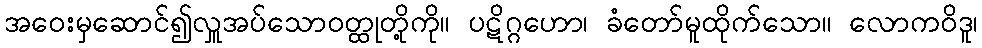
အဝေးမှဆောင်၍လှူအပ်သောဝတ္ထုတို့ကို။ ပဋိဂ္ဂဟော၊ ခံတော်မူထိုက်သော။ လောကဝိဒူ၊